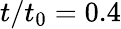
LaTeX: t/t_{0}=0.4